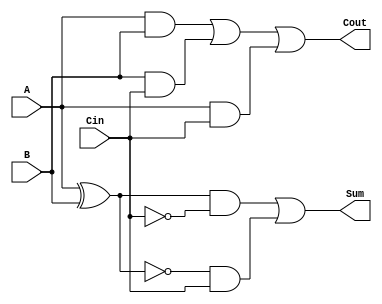
module TransmissionGateFullAdder (
    input wire A,      // First operand
    input wire B,      // Second operand
    input wire Cin,    // Carry-in bit
    output wire Sum,   // Sum output
    output wire Cout   // Carry-out output
);

// Intermediate signals
wire AB_xor;            // A XOR B
wire AB_and;            // A AND B
wire AB_Cin_and;        // (A XOR B) AND Cin
wire B_Cin_and;         // B AND Cin
wire A_Cin_and;         // A AND Cin

// Compute A XOR B
assign AB_xor = A ^ B;

// Compute A AND B
assign AB_and = A & B;

// Compute (A XOR B) AND Cin
assign AB_Cin_and = AB_xor & Cin;

// Compute B AND Cin
assign B_Cin_and = B & Cin;

// Compute A AND Cin
assign A_Cin_and = A & Cin;

// Sum output using transmission gates
assign Sum = (AB_xor & ~Cin) | (~AB_xor & Cin);

// Carry-out output using transmission gates
assign Cout = AB_and | (B_Cin_and) | (A_Cin_and);

endmodule